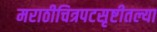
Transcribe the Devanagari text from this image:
मराठीचित्रपटसृष्टीतल्या